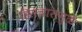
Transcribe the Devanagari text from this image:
हिंसचारामुळे